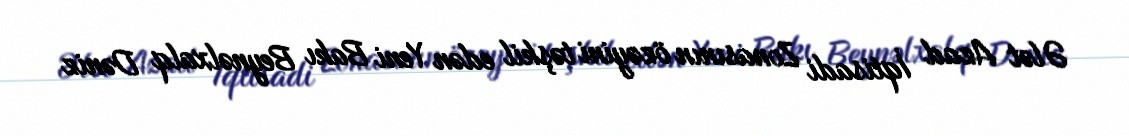
Ələt Azad İqtisadi Zonasının özəyini təşkil edən Yeni Bakı Beynəlxalq Dəniz